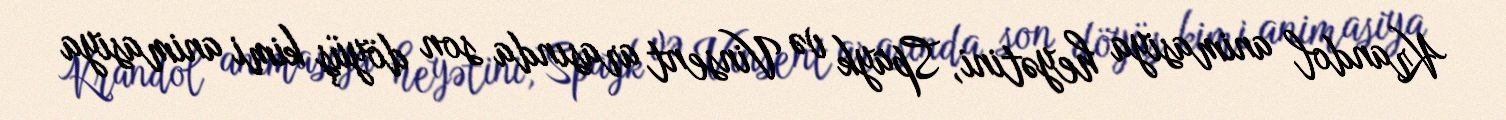
Krandol animasiya heyətini, Spayk və Vinsent arasında son döyüş kimi animasiya